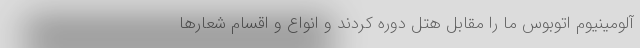
آلومینیوم اتوبوس ما را مقابل هتل دوره کردند و انواع و اقسام شعارها